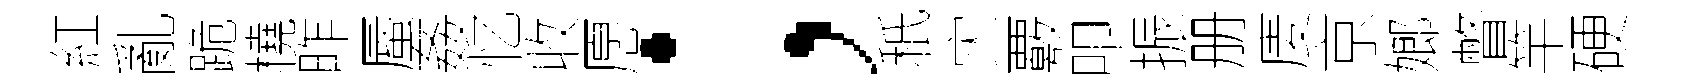
紅亂跪橈昨蜃姦忆收愿；秪灾覈叩振册庱京嫏瞥竿硬